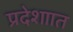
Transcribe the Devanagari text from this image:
प्रदेशाात